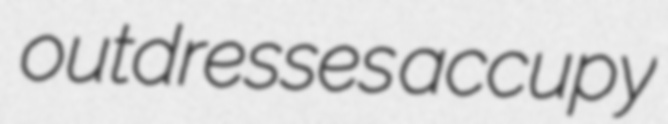
outdresses accupy